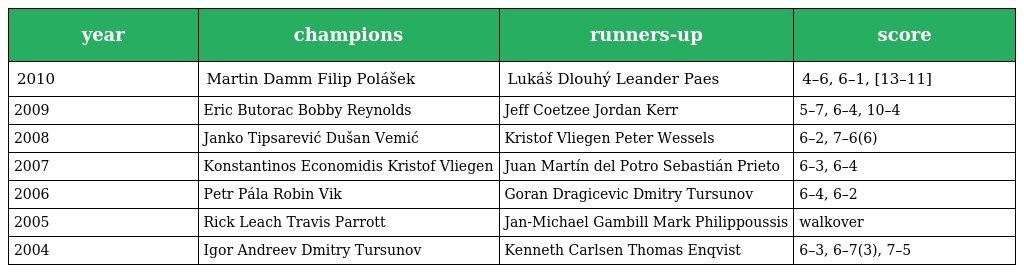
| year | champions | runners-up | score |
 | --- | --- | --- | --- |
 | 2010 | Martin Damm Filip Polášek | Lukáš Dlouhý Leander Paes | 4–6, 6–1, [13–11] |
 | 2009 | Eric Butorac Bobby Reynolds | Jeff Coetzee Jordan Kerr | 5–7, 6–4, 10–4 |
 | 2008 | Janko Tipsarević Dušan Vemić | Kristof Vliegen Peter Wessels | 6–2, 7–6(6) |
 | 2007 | Konstantinos Economidis Kristof Vliegen | Juan Martín del Potro Sebastián Prieto | 6–3, 6–4 |
 | 2006 | Petr Pála Robin Vik | Goran Dragicevic Dmitry Tursunov | 6–4, 6–2 |
 | 2005 | Rick Leach Travis Parrott | Jan-Michael Gambill Mark Philippoussis | walkover |
 | 2004 | Igor Andreev Dmitry Tursunov | Kenneth Carlsen Thomas Enqvist | 6–3, 6–7(3), 7–5 |